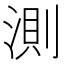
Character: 測